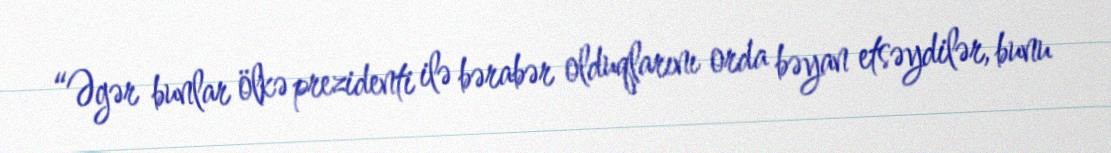
“Əgər bunlar ölkə prezidenti ilə bərabər olduqlarını orda bəyan etsəydilər, bunu